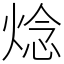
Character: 焾